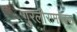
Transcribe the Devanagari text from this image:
गुरलीरामगढवा